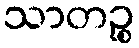
သာတဉ္စ